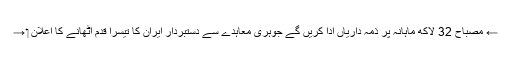
← مصباح 32 لاکھ ماہانہ پر ذمہ داریاں ادا کریں گے جوہری معاہدے سے دستبردار ایران کا تیسرا قدم اٹھانے کا اعلان ‏ →